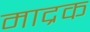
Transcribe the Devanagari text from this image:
माद्रक